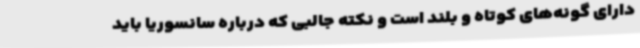
دارای گونه‌های کوتاه و بلند است و نکته جالبی که درباره سانسوریا باید